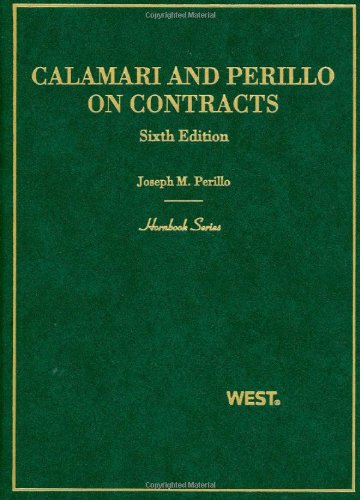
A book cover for Calamari and Perillo's Hornbook on Contracts (Hornbook Series Sixth Edition); John Calamari; Law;